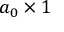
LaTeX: a _ { 0 } \times 1